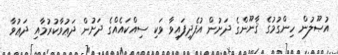
އުޞޫލުން ހިންގުމުގެ ޤާނޫންގެ ދަށުން އުފެދިފައިވާ ވަކި ސިއްކައެއްގެ ދަށުން ދަޢުވާކުރުމާއި ދަޢުވާ